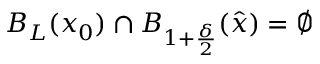
B _ { L } ( x _ { 0 } ) \cap B _ { 1 + \frac { \delta } { 2 } } ( \hat { x } ) = \varnothing